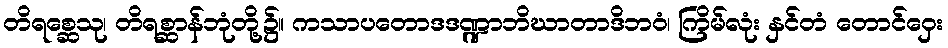
တိရစ္ဆေသု၊ တိရစ္ဆာန်ဘုံတို့၌။ ကသာပတောဒဒဏ္ဍာဘိဃာတာဒိဘဝံ၊ ကြိမ်လုံး နှင်တံ တောင်ဝှေး